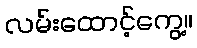
လမ်းထောင့်ကွေ့။